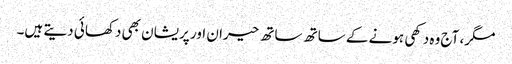
مگر، آج وہ دکھی ہونے کے ساتھ ساتھ حیران اور پریشان بھی دکھائی دیتے ہیں۔